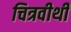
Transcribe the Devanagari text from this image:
चित्रवीथी